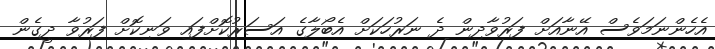
އެހެންނަމަވެސް އޭނާއަށް ފަރުވާދިން ދެ ނަރުހަކަށް އެބޯލާގެ އަސަރުކޮށްފައި ވަނިކޮށް ފަރުވާ ދީގެން